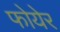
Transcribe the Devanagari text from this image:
फोयेर